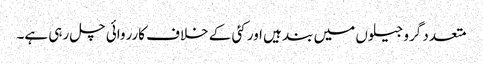
متعدد گرو جیلوں میں بند ہیں اور کئی کے خلاف کارروائی چل رہی ہے۔